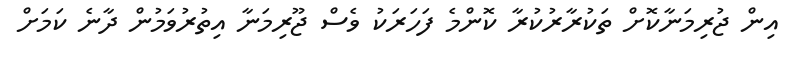
އިން ޖުރިމަނާކޮށް ތަކުރާރުކުރާ ކޮންމެ ފަހަރަކު ވެސް ޖޫރިމަނާ އިތުރުވަމުން ދާނެ ކަމަށް